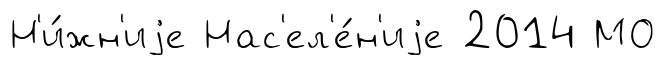
Н'и́жн'иjе Нас'ел'е́н'иjе 2014 МО